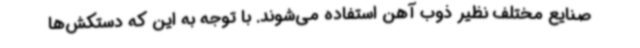
صنایع مختلف نظیر ذوب آهن استفاده می‌شوند. با توجه به این که دستکش‌ها